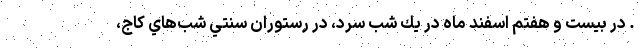
. در بيست‌ و هفتم اسفند ماه در يك شب سرد، در رستوران سنتي شب‌هاي كاج،